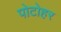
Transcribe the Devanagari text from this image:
पोटोहर